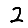
Digit: 2